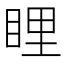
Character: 𥆼